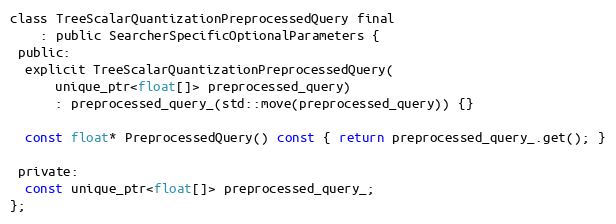
Language: C
class TreeScalarQuantizationPreprocessedQuery final
    : public SearcherSpecificOptionalParameters {
 public:
  explicit TreeScalarQuantizationPreprocessedQuery(
      unique_ptr<float[]> preprocessed_query)
      : preprocessed_query_(std::move(preprocessed_query)) {}

  const float* PreprocessedQuery() const { return preprocessed_query_.get(); }

 private:
  const unique_ptr<float[]> preprocessed_query_;
};